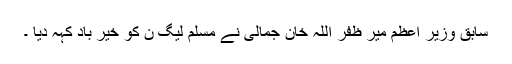
سابق وزیر اعظم میر ظفر اللہ خان جمالی نے مسلم لیگ ن کو خیر باد کہہ دیا ۔